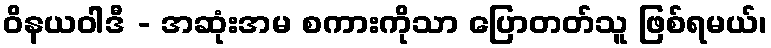
ဝိနယဝါဒီ - အဆုံးအမ စကားကိုသာ ပြောတတ်သူ ဖြစ်ရမယ်၊